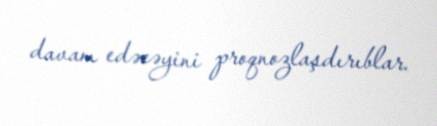
davam edəcəyini proqnozlaşdırıblar.